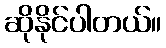
ဆိုနိုင်ပါတယ်။